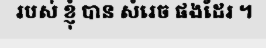
របស់ ខ្ញុំ បាន សំរេច ផងដែរ ។